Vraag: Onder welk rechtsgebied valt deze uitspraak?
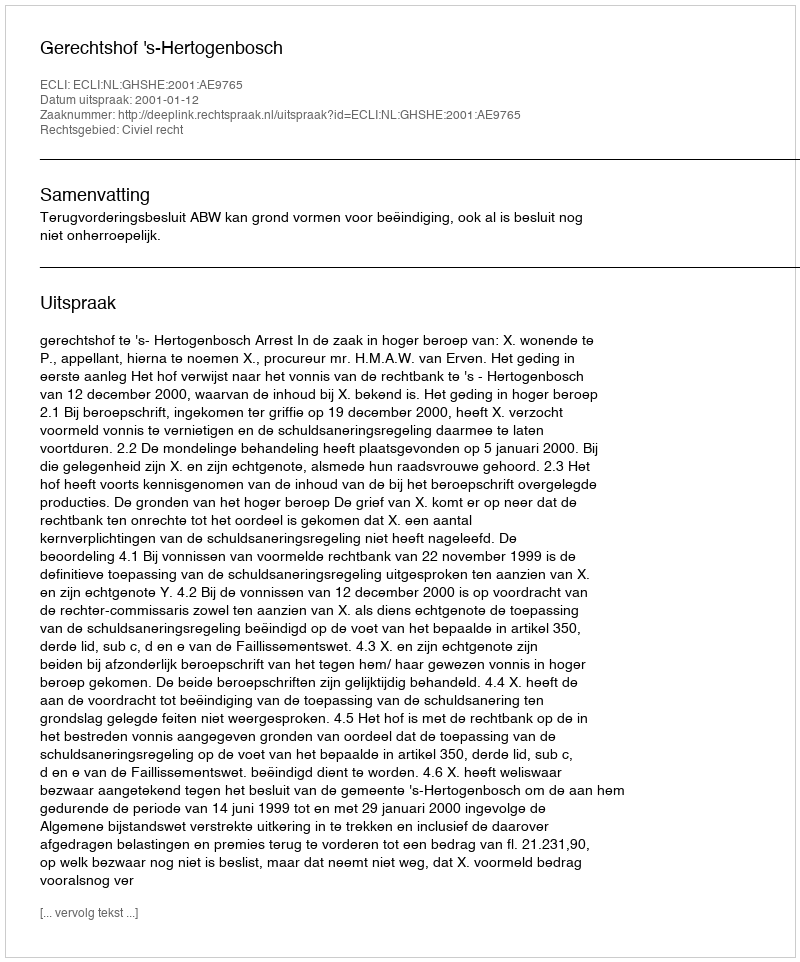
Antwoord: Civiel recht